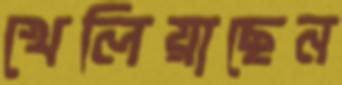
খেলিয়াছেন